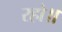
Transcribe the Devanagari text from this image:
रहो॥